Scottish Certificate of Education, 1962
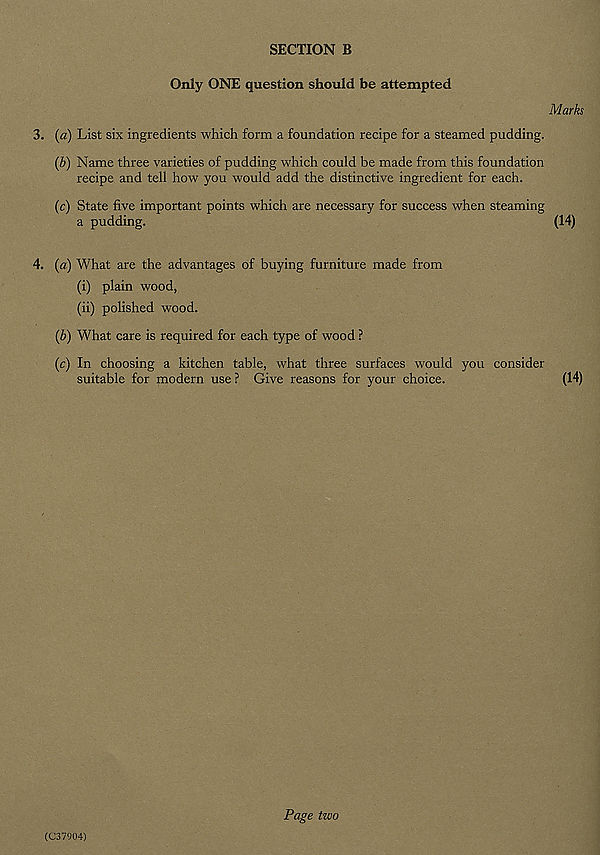
SECTION B
Only ONE question should be attempted
Marks
3. {a) List six ingredients which form a foundation recipe for a steamed pudding.
(b) Name three varieties of pudding which could be made from this foundation
recipe and tell how you would add the distinctive ingredient for each.
(c) State five important points which are necessary for success when steaming
a pudding.
(14)
4. (a) What are the advantages of buying furniture made from
(i) plain wood,
(ii) polished wood.
(b) What care is required for each type of wood ?
(c) In choosing a kitchen table, what three surfaces would you consider
suitable for modern use ? Give reasons for your choice.
(14)
(C37904)
Page two